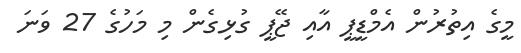
މީގެ އިތުރުން އެމްޑީޕީ އާއި ޖޭޕީ ގުޅިގެން މި މަހުގެ 27 ވަނަ